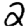
Digit: 2